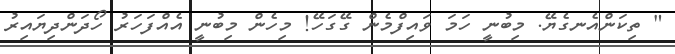
" ތިކަންއެނގެޔޭ. މިބުނީ ހަމަ ވައިފްމެން ގޭގަހޭ! މިހެން މިބުނީ އެއްފަހަރު ހޯދަންދިޔައިރު